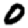
Digit: 0